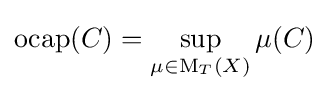
\operatorname {ocap} (C)=\sup _{\mu \in \operatorname {M} _{T}(X)}\mu (C)